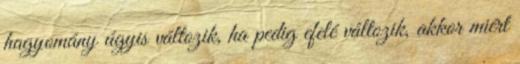
hagyomány úgyis változik, ha pedig efelé változik, akkor miért